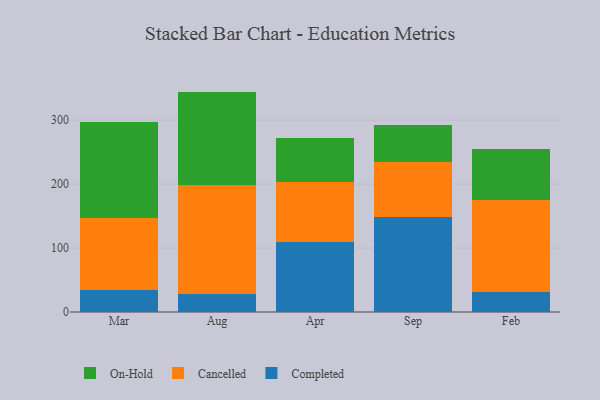
{"axis": {"x": "Month", "y": "Budget (USD K)"}, "legend": ["Cancelled", "Completed", "On-Hold"], "data": [{"x": "Mar", "y": 34.9, "type": "Completed"}, {"x": "Mar", "y": 112.7, "type": "Cancelled"}, {"x": "Mar", "y": 150.2, "type": "On-Hold"}, {"x": "Aug", "y": 28.7, "type": "Completed"}, {"x": "Aug", "y": 169.8, "type": "Cancelled"}, {"x": "Aug", "y": 146.1, "type": "On-Hold"}, {"x": "Apr", "y": 109.1, "type": "Completed"}, {"x": "Apr", "y": 93.4, "type": "Cancelled"}, {"x": "Apr", "y": 68.8, "type": "On-Hold"}, {"x": "Sep", "y": 149.1, "type": "Completed"}, {"x": "Sep", "y": 85.3, "type": "Cancelled"}, {"x": "Sep", "y": 58.6, "type": "On-Hold"}, {"x": "Feb", "y": 31.6, "type": "Completed"}, {"x": "Feb", "y": 143.4, "type": "Cancelled"}, {"x": "Feb", "y": 80.3, "type": "On-Hold"}]}